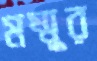
মম্মুর